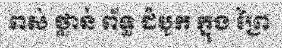
ពស់ ថ្លាន់ ព័ទ្ធ ដំបូក ក្នុង ព្រៃ